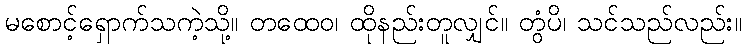
မစောင့်ရှောက်သကဲ့သို့။ တထေဝ၊ ထိုနည်းတူလျှင်။ တွံပိ၊ သင်သည်လည်း။